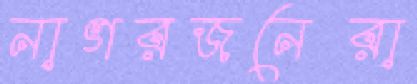
নাগরজনেরা